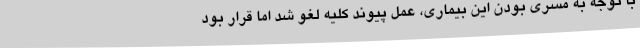
با توجه به مسری بودن این بیماری، عمل پیوند کلیه لغو شد اما قرار بود